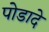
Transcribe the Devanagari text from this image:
पोडादे